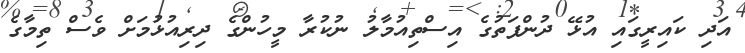
އަދި ކައިރީގައި އުޅޭ ދުންފަތުގެ އިސްތިއުމާލު ނުކުރާ މީހުންގެ ދިރިއުޅުމަށް ވެސް ތިމާގެ